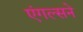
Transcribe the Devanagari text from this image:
एंगल्सने